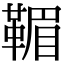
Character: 𩋿